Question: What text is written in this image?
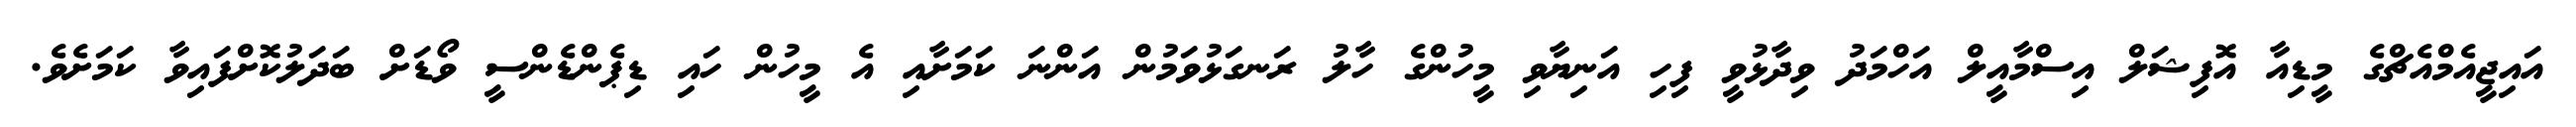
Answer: އައިޖީއެމްއެޗްގެ މީޑިއާ އޮފިޝަލް އިސްމާއީލް އަހްމަދު ވިދާޅުވީ ފިހި އަނިޔާވި މީހުންގެ ހާލު ރަނގަޅުވަމުން އަންނަ ކަމަށާއި އެ މީހުން ހައި ޑިޕެންޑެންސީ ވޯޑަށް ބަދަލުކޮށްފައިވާ ކަމަށެވެ.